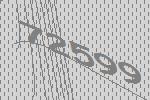
72599